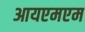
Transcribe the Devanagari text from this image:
आयएमएम